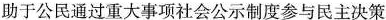
助于公民通过重大事项社会公示制度参与民主决策